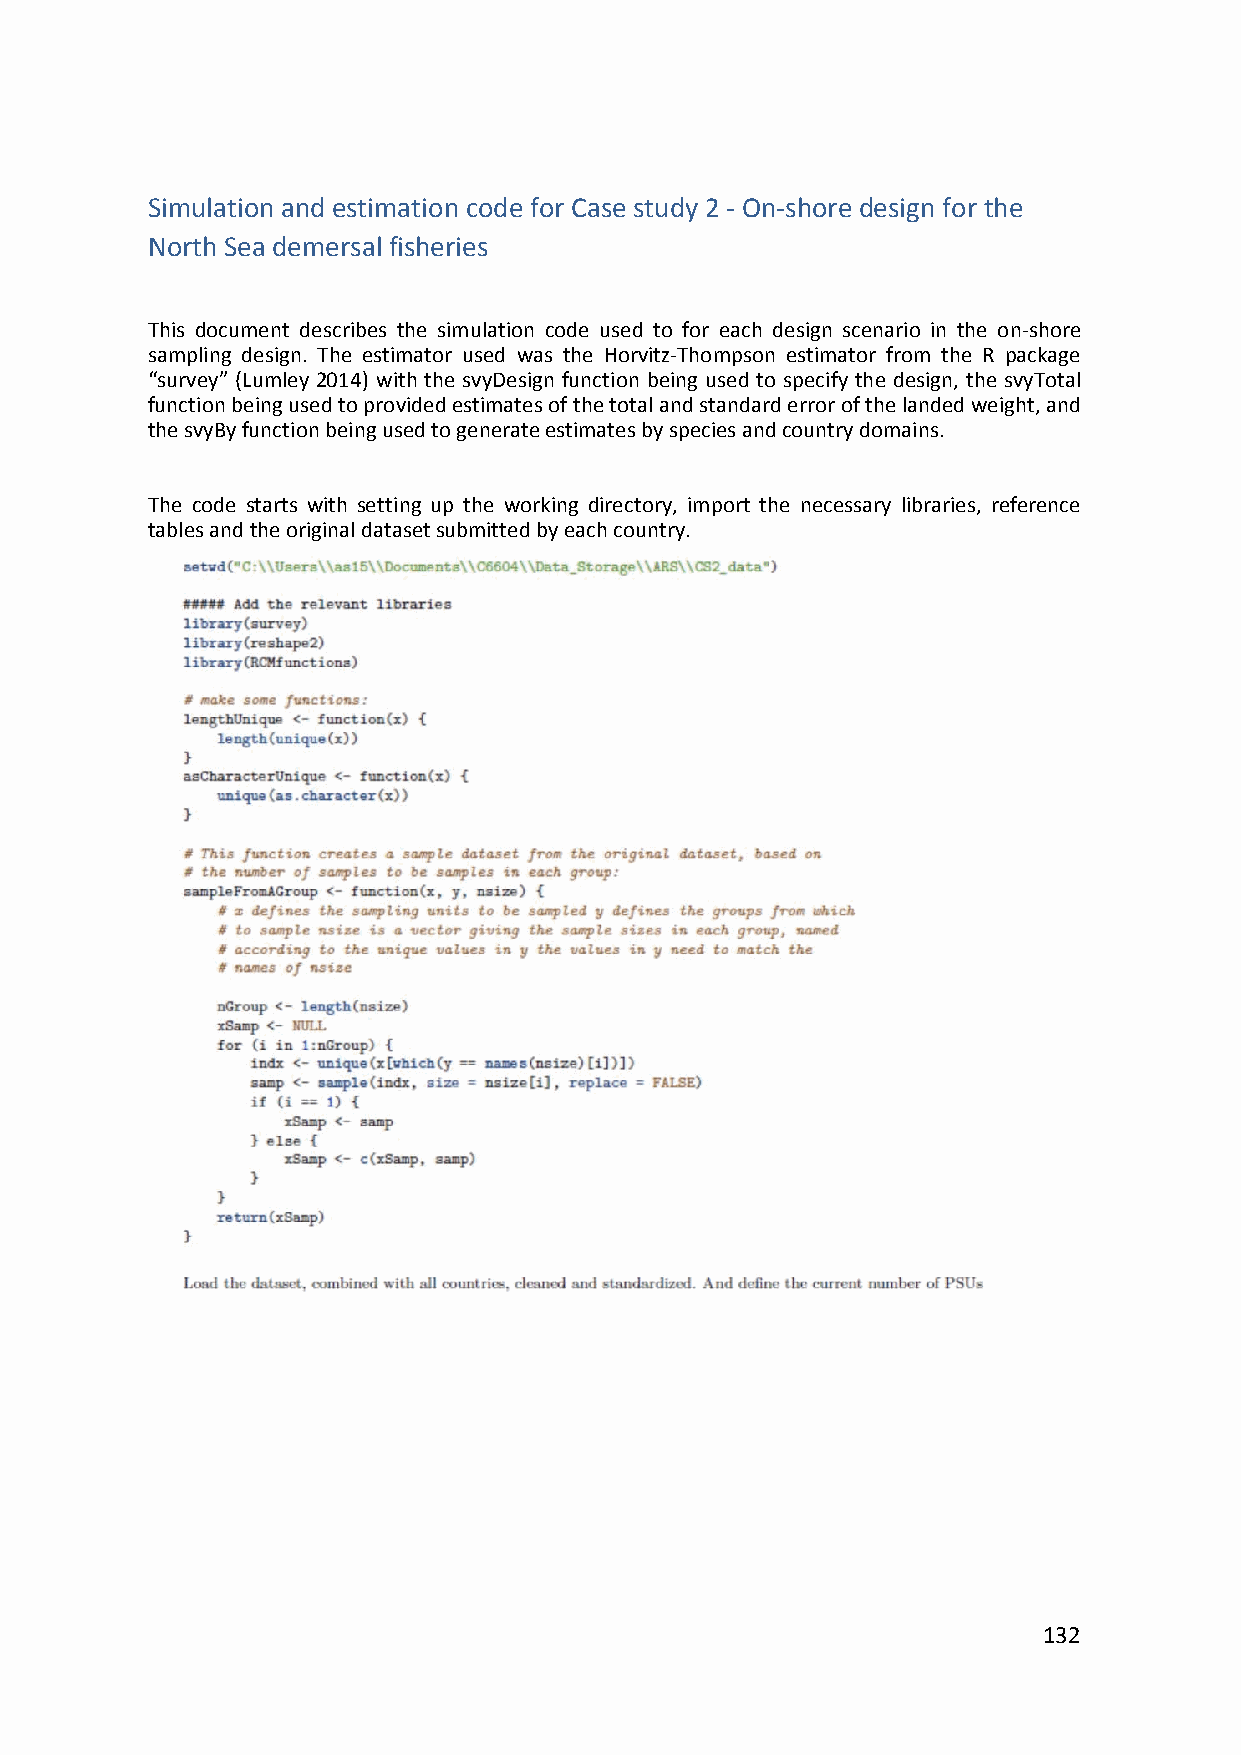
Simulation and estimation code for Case study 2 ‐ On‐shore design for the
 North Sea demersal fisheries
 This document describes the simulation code used to for each design scenario in the on‐shore
 sampling design. The estimator used was the Horvitz‐Thompson estimator from the R package
 “survey” (Lumley 2014) with the svyDesign function being used to specify the design, the svyTotal
 function being used to provided estimates of the total and standard error of the landed weight, and
 the svyBy function being used to generate estimates by species and country domains.
 The code starts with setting up the working directory, import the necessary libraries, reference
 tables and the original dataset submitted by each country.
 132